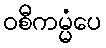
ဝစီကမ္မံပေ